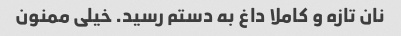
نان تازه و کاملا داغ به دستم رسید. خیلی ممنون